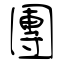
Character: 團